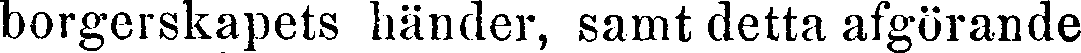
borgerskapets händer, samt detta afgörande